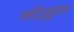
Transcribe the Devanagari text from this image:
ग्लीट्य्रूलर